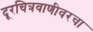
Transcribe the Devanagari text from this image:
दूरचित्रवाणीवरचा